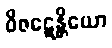
ဝိဇဋေန္တိယော